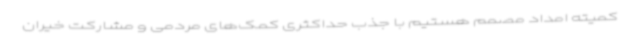
کمیته امداد مصمم هستیم با جذب حداکثری کمک‌های مردمی و مشارکت خیران